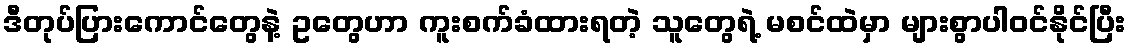
ဒီတုပ်ပြားကောင်တွေနဲ့ ဥတွေဟာ ကူးစက်ခံထားရတဲ့ သူတွေရဲ့ မစင်ထဲမှာ များစွာပါဝင်နိုင်ပြီး